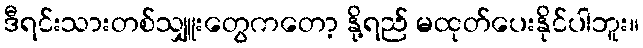
ဒီရင်းသားတစ်သျှူးတွေကတော့ နို့ရည် မထုတ်ပေးနိုင်ပါဘူး။